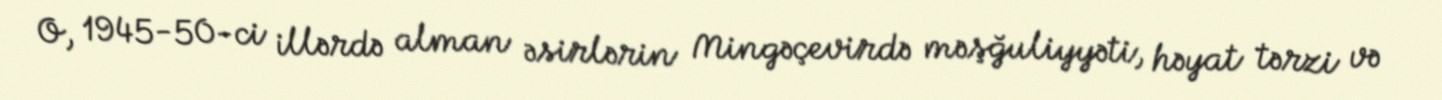
O, 1945-50-ci illərdə alman əsirlərin Mingəçevirdə məşğuliyyəti, həyat tərzi və